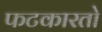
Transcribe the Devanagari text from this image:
फटकारतो